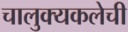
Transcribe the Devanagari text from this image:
चालुक्यकलेची